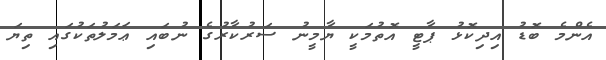
އެންމެ ބޮޑު އިދިކޮޅު ޕާޓީ އޮތުމަކީ ޔާމީނު ސަރުކާރުގެ ނުބައި ޢަމަލުތަކުގައި ތިޔަ